Source: Computer-generated
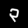
Digit: ၃ (3)